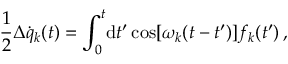
\frac { 1 } { 2 } \Delta \dot { q } _ { k } ( t ) = \int _ { 0 } ^ { t } \! \mathrm { d } t ^ { \prime } \cos [ \omega _ { k } ( t - t ^ { \prime } ) ] f _ { k } ( t ^ { \prime } ) \, ,